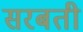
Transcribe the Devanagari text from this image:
सरबती